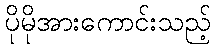
ပိုမိုအားကောင်းသည့်